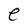
Character: e